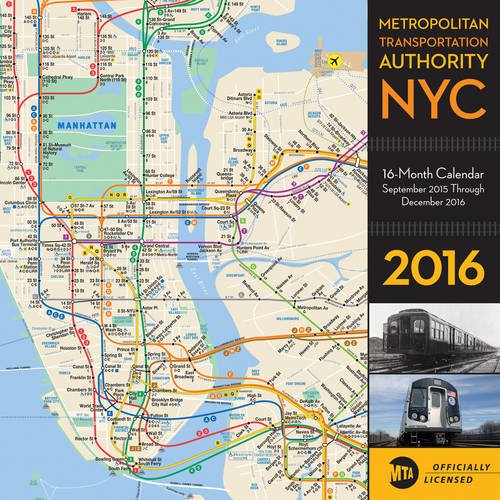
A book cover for New York City Metropolitan Transportation Authority 2016: 16-Month Calendar September 2015 through December 2016; Editors of Rock Point; Engineering & Transportation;